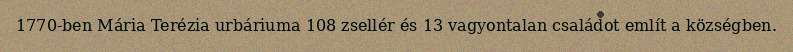
1770-ben Mária Terézia urbáriuma 108 zsellér és 13 vagyontalan családot említ a községben.